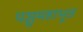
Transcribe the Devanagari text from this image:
पञ्चमहाभूत